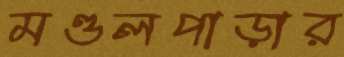
মণ্ডলপাড়ার